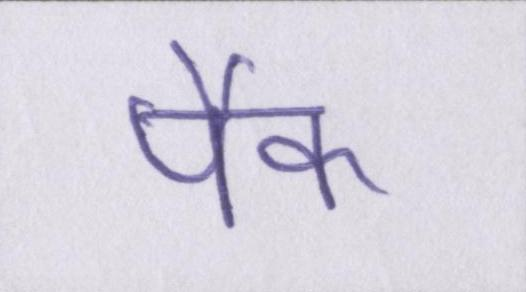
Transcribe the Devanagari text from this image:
पैक